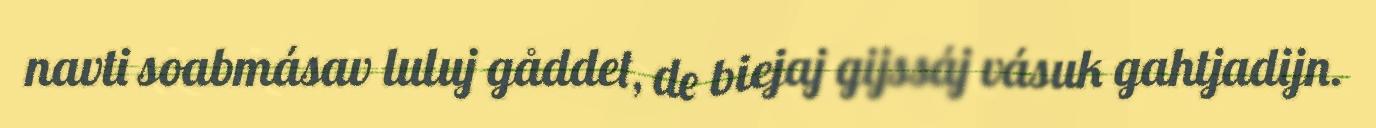
navti soabmásav luluj gåddet, de biejaj gijssáj vásuk gahtjadijn.